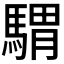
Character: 𩤸